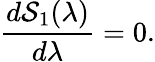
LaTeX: \frac{d{\cal S}_{1}(\lambda)}{d\lambda}=0.